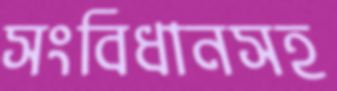
সংবিধানসহ